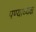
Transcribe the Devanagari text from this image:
पण्याध्यक्ष